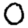
Digit: 0